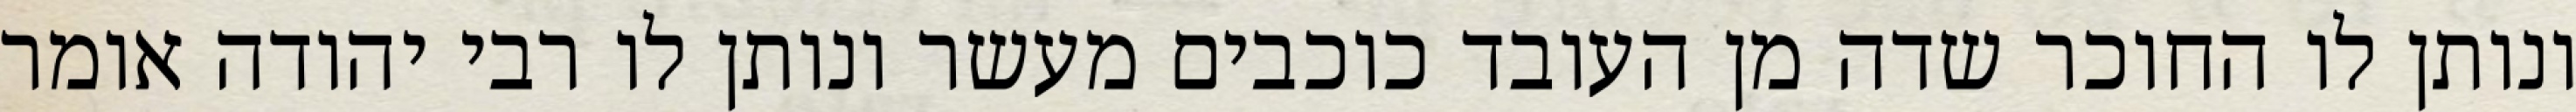
ונותן לו החוכר שדה מן העובד כוכבים מעשר ונותן לו רבי יהודה אומר